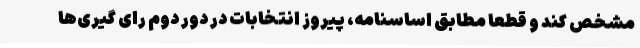
مشخص کند و قطعا مطابق اساسنامه، پیروز انتخابات در دور دوم رای گیری‌ها